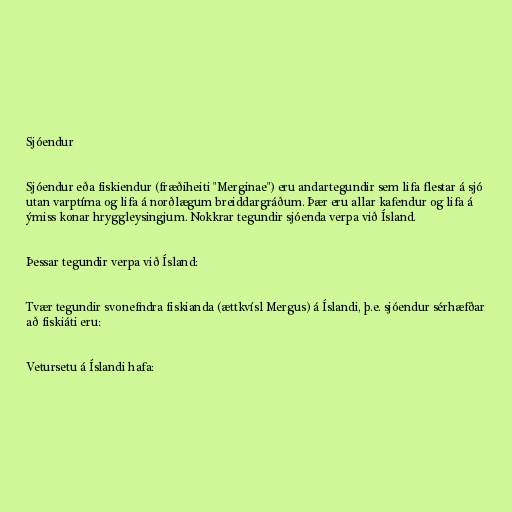
Sjóendur

Sjóendur eða fiskiendur (fræðiheiti "Merginae") eru andartegundir sem lifa flestar á sjó
utan varptíma og lifa á norðlægum breiddargráðum. Þær eru allar kafendur og lifa á
ýmiss konar hryggleysingjum. Nokkrar tegundir sjóenda verpa við Ísland.

Þessar tegundir verpa við Ísland:

Tvær tegundir svonefndra fiskianda (ættkvísl Mergus) á Íslandi, þ.e. sjóendur sérhæfðar
að fiskiáti eru:

Vetursetu á Íslandi hafa: